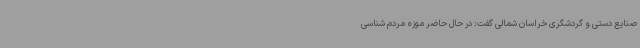
صنایع دستی و گردشگری خراسان شمالی گفت: در حال حاضر موزه مردم شناسی